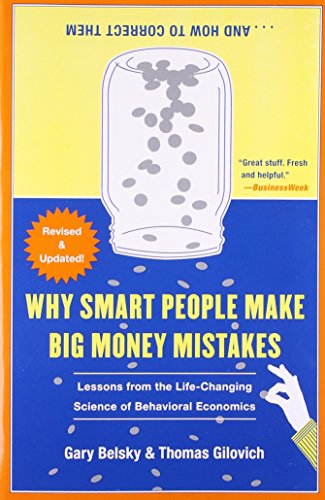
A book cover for Why Smart People Make Big Money Mistakes and How to Correct Them: Lessons from the Life-Changing Science of Behavioral Economics; Gary Belsky; Business & Money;